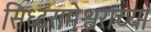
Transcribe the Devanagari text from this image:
सिध्दरामेश्वराच्या